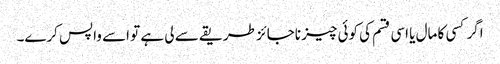
اگر کسی کا مال یا اسی قسم کی کوئی چیز ناجائز طریقے سے لی ہے تو اسے واپس کرے۔